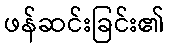
ဖန်ဆင်းခြင်း၏